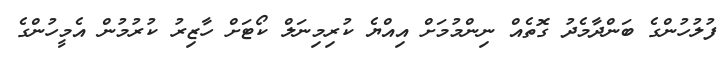
ފުލުހުންގެ ބަންދާމެދު ގޮތެއް ނިންމުމަށް އިއްޔެ ކުރިމިނަލް ކޯޓަށް ހާޒިރު ކުރުމުން އެމީހުންގެ